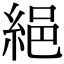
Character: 𦀕